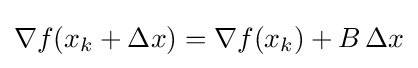
\nabla f(x_{k}+\Delta x)=\nabla f(x_{k})+B\,\Delta x